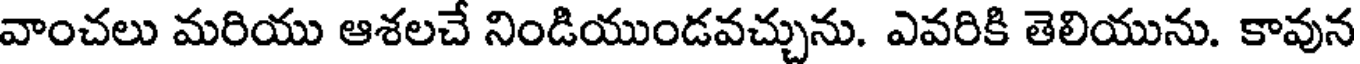
వాంచలు మరియు ఆశలచే నిండియుండవచ్చును. ఎవరికి తెలియును. కావున